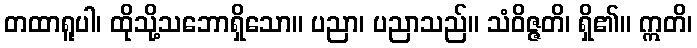
တထာရူပါ၊ ထိုသို့သဘောရှိသော။ ပညာ၊ ပညာသည်။ သံဝိဇ္ဇတိ၊ ရှိ၏။ ဣတိ၊